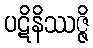
ပဋိနိဿဇ္ဇိ